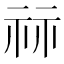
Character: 祘